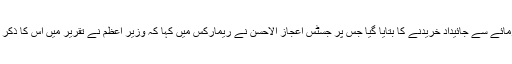
خواجہ حارث نے کہا کہ جو بیان میں نے پڑھا اس میں قطری سرمائے سے جائیداد خریدنے کا بتایا گیا جس پر جسٹس اعجاز الاحسن نے ریمارکس میں کہا کہ وزیر اعظم نے تقریر میں اس کا ذکر نہیں کیا جس پر خواجہ حارث نے کہا کہ تمام ریکارڈ موجود ہے۔